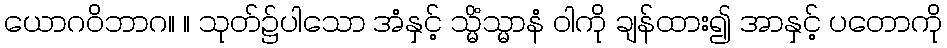
ယောဂဝိဘာဂ။ ။ သုတ်၌ပါသော အံနှင့် သ္မိံသ္မာနံ ဝါကို ချန်ထား၍ အာနှင့် ပတောကို